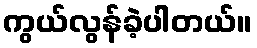
ကွယ်လွန်ခဲ့ပါတယ်။